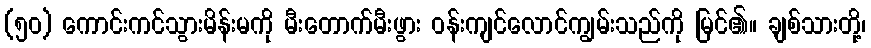
(၅၀) ကောင်းကင်သွားမိန်းမကို မီးတောက်မီးဖွား ဝန်းကျင်လောင်ကျွမ်းသည်ကို မြင်၏။ ချစ်သားတို့၊